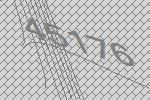
45176